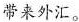
带来外汇。